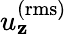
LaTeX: u_{\mathbf{z}}^{\mathrm{{(rms)}}}